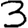
Digit: 3